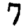
Digit: 7